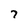
Character: 7